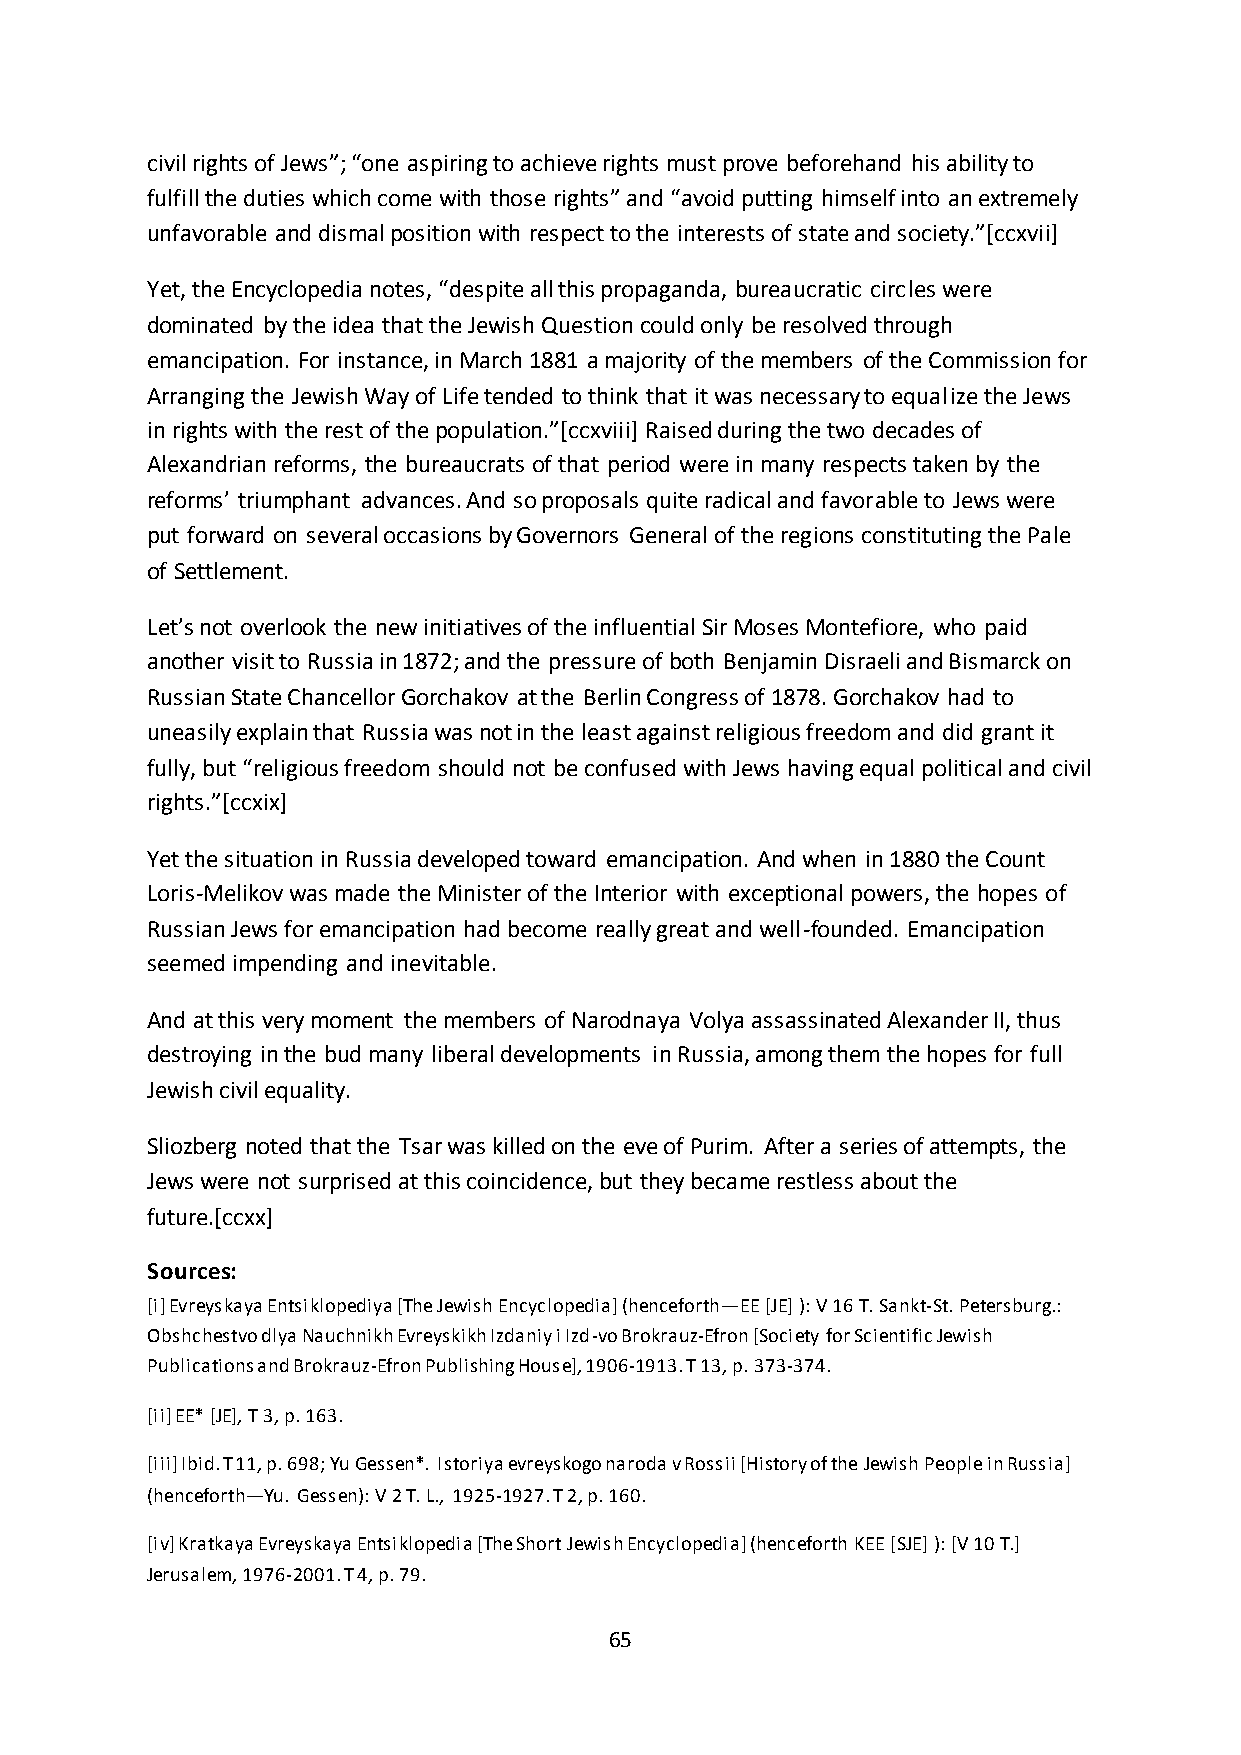
civil rights of Jews”; “one aspiring to achieve rights must prove beforehand his ability to
 fulfill the duties which come with those rights” and “avoid putting himself into an extremely
 unfavorable and dismal position with respect to the interests of state and society.”*ccxvii+
 Yet, the Encyclopedia notes, “despite all this propaganda, bureaucratic circles were
 dominated by the idea that the Jewish Question could only be resolved through
 emancipation. For instance, in March 1881 a majority of the members of the Commission for
 Arranging the Jewish Way of Life tended to think that it was necessary to equalize the Jews
 in rights with the rest of the population.”*ccxviii+ Raised during the two decades of
 Alexandrian reforms, the bureaucrats of that period were in many respects taken by the
 reforms’ triumphant advances. And so proposals quite radical and favorable to Jews were
 put forward on several occasions by Governors General of the regions constituting the Pale
 of Settlement.
 Let’s not overlook the new initiatives of the influential Sir Moses Montefiore, who paid
 another visit to Russia in 1872; and the pressure of both Benjamin Disraeli and Bismarck on
 Russian State Chancellor Gorchakov at the Berlin Congress of 1878. Gorchakov had to
 uneasily explain that Russia was not in the least against religious freedom and did grant it
 fully, but “religious freedom should not be confused with Jews having equal political and civil
 rights.”*ccxix+
 Yet the situation in Russia developed toward emancipation. And when in 1880 the Count
 Loris-Melikov was made the Minister of the Interior with exceptional powers, the hopes of
 Russian Jews for emancipation had become really great and well-founded. Emancipation
 seemed impending and inevitable.
 And at this very moment the members of Narodnaya Volya assassinated Alexander II, thus
 destroying in the bud many liberal developments in Russia, among them the hopes for full
 Jewish civil equality.
 Sliozberg noted that the Tsar was killed on the eve of Purim. After a series of attempts, the
 Jews were not surprised at this coincidence, but they became restless about the
 future.[ccxx]
 Sources:
 [i] Evreyskaya Entsiklopediya [The Jewish Encyclopedia] (henceforth—EE [JE] ): V 16 T. Sankt-St. Petersburg.:
 Obshchestvo dlya Nauchnikh Evreyskikh Izdaniy i Izd-vo Brokrauz-Efron [Society for Scientific Jewish
 Publications and Brokrauz-Efron Publishing House], 1906-1913. T 13, p. 373-374.
 [ii] EE* [JE], T 3, p. 163.
 [iii] Ibid. T 11, p. 698; Yu Gessen*. Istoriya evreyskogo naroda v Rossii [History of the Jewish People in Russia]
 (henceforth—Yu. Gessen): V 2 T. L., 1925-1927. T 2, p. 160.
 [iv] Kratkaya Evreyskaya Entsiklopedia [The Short Jewish Encyclopedia] (henceforth KEE [SJE] ): [V 10 T.]
 Jerusalem, 1976-2001. T 4, p. 79.
 65